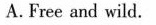
A.Free and wild.